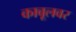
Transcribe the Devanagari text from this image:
काबूलवर